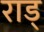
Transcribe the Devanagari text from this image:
राड्